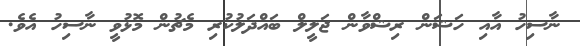
ނާސިހު އާއި ހަޝަން ރިޝްވާން ޖަލީލް ބައްދަލުކުރި މެޗުން މޮޅުވީ ނާސިހު އެވެ.